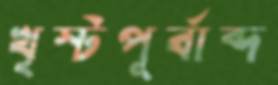
খৃস্টপূর্বাব্দ